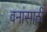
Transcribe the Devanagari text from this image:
वनांसाठी